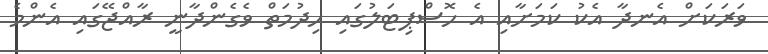
ވަރަކަށް އެނދާ އެކު ކަމަށާއި އެ ހޮސްޕިޓަލުގައި ހިދުމަތް ވެގެންދާނީ ރާއްޖޭގައި އެންމެ